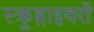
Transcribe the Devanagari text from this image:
स्क्रूड्राइवरों